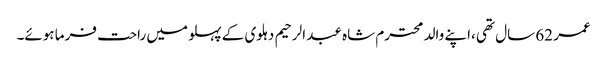
عمر 62 سال تھی ،اپنے والد محترم شاہ عبد الرحیم دہلوی کے پہلو میں راحت فرما ہوئے۔